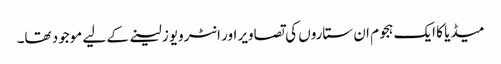
میڈیا کا ایک ہجوم ان ستاروں کی تصاویر اور انٹرویوز لینے کے لیے موجود تھا۔